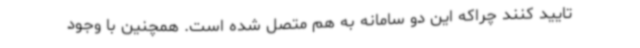
تایید کنند چراکه این دو سامانه به هم متصل شده است. همچنین با وجود